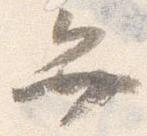
弁